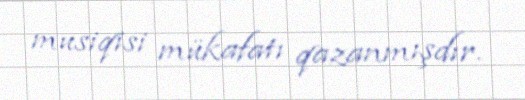
musiqisi mükafatı qazanmışdır.